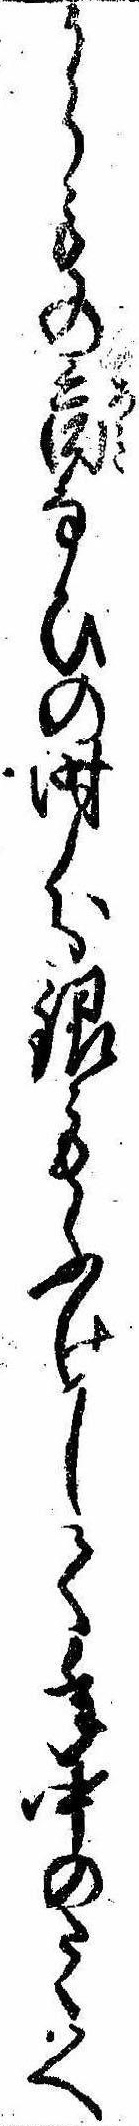
からもの商なひの時分銀もふけして年中のたくはへ